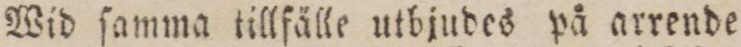
Wid ſamma tillfälle utbjudes på arrende